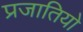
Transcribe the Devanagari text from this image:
प्रजातियो